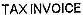
TAX INVOICE